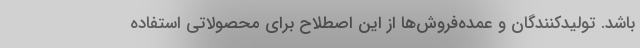
باشد. تولیدکنندگان و عمده‌فروش‌ها از این اصطلاح برای محصولاتی استفاده